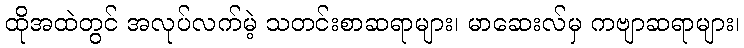
ထိုအထဲတွင် အလုပ်လက်မဲ့ သတင်းစာဆရာများ၊ မာဆေးလ်မှ ကဗျာဆရာများ၊